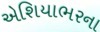
એશિયાભરના